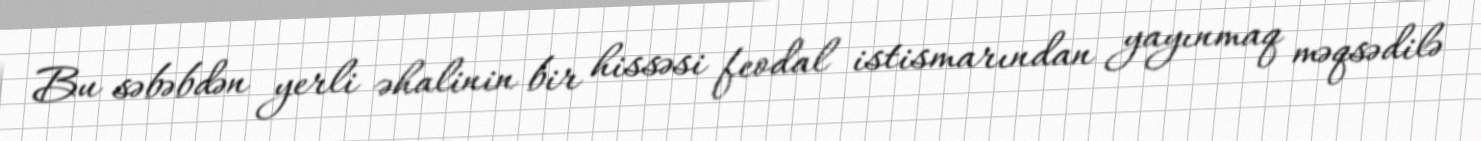
Bu səbəbdən yerli əhalinin bir hissəsi feodal istismarından yayınmaq məqsədilə